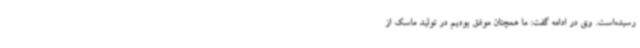
رسیده‌است. وی در ادامه گفت: ما همچنان موفق بودیم در تولید ماسک از